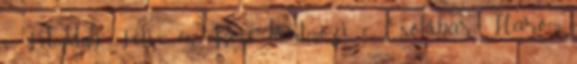
0 Filmklub: Felix és Rose kertmozi 0 Csokibár: Három